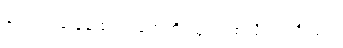
ခင်ဗျား ခြေထောက်တွေကို သုတ်ပစ်လိုက်ပါဦးဗျာ။